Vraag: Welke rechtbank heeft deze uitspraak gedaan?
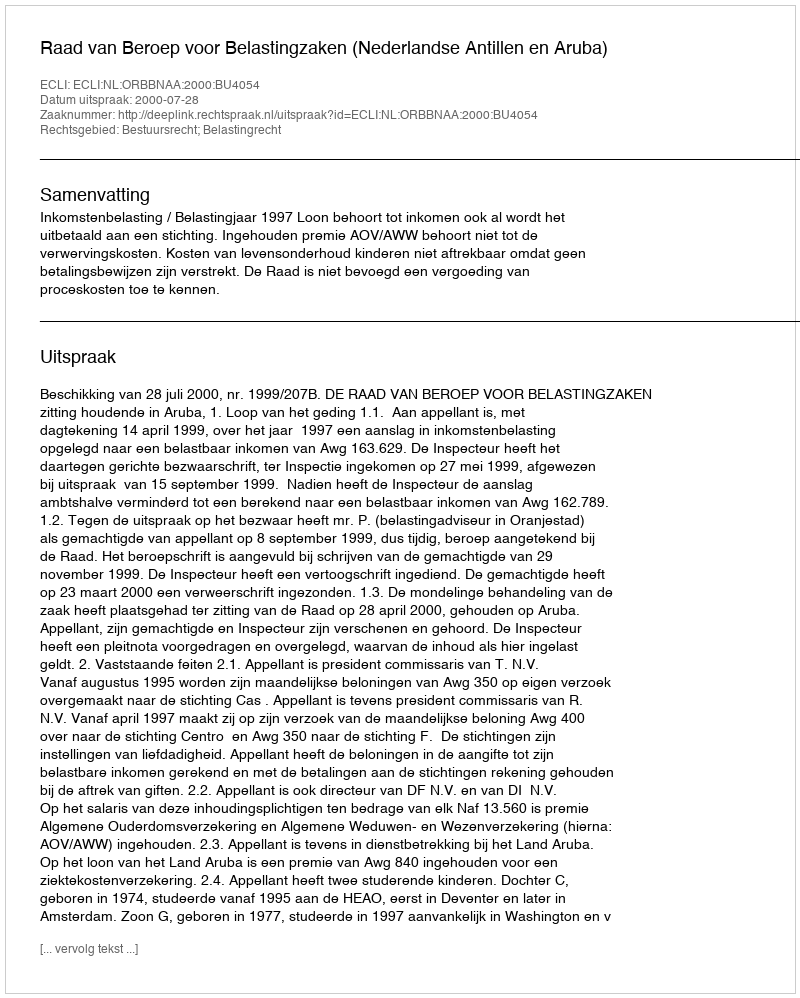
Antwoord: Raad van Beroep voor Belastingzaken (Nederlandse Antillen en Aruba)